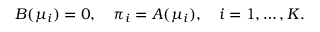
B ( \mu _ { i } ) = 0 , \quad \pi _ { i } = A ( \mu _ { i } ) , \quad i = 1 , \ldots , K .